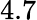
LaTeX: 4.7